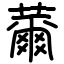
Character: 薾